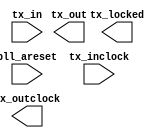
// megafunction wizard: %ALTLVDS_TX%VBB%
// GENERATION: STANDARD
// VERSION: WM1.0
// MODULE: ALTLVDS_TX 

// ============================================================
// Megafunction Name(s):
// 			ALTLVDS_TX
//
// Simulation Library Files(s):
// 			altera_mf
// ============================================================
// ************************************************************
// THIS IS A WIZARD-GENERATED FILE. DO NOT EDIT THIS FILE!
//
// 16.1.2 Build 203 01/18/2017 SJ Standard Edition
// ************************************************************

//Copyright (C) 2017  Intel Corporation. All rights reserved.
//Your use of Intel Corporation's design tools, logic functions 
//and other software and tools, and its AMPP partner logic 
//functions, and any output files from any of the foregoing 
//(including device programming or simulation files), and any 
//associated documentation or information are expressly subject 
//to the terms and conditions of the Intel Program License 
//Subscription Agreement, the Intel Quartus Prime License Agreement,
//the Intel MegaCore Function License Agreement, or other 
//applicable license agreement, including, without limitation, 
//that your use is for the sole purpose of programming logic 
//devices manufactured by Intel and sold by Intel or its 
//authorized distributors.  Please refer to the applicable 
//agreement for further details.

module C5_LVDS_TX (
	pll_areset,
	tx_in,
	tx_inclock,
	tx_locked,
	tx_out,
	tx_outclock);

	input	  pll_areset;
	input	[31:0]  tx_in;
	input	  tx_inclock;
	output	  tx_locked;
	output	[3:0]  tx_out;
	output	  tx_outclock;

endmodule

// ============================================================
// CNX file retrieval info
// ============================================================
// Retrieval info: LIBRARY: altera_mf altera_mf.altera_mf_components.all
// Retrieval info: PRIVATE: CNX_CLOCK_CHOICES STRING "tx_coreclock"
// Retrieval info: PRIVATE: CNX_CLOCK_MODE NUMERIC "0"
// Retrieval info: PRIVATE: CNX_COMMON_PLL NUMERIC "0"
// Retrieval info: PRIVATE: CNX_DATA_RATE STRING "800.0"
// Retrieval info: PRIVATE: CNX_DESER_FACTOR NUMERIC "8"
// Retrieval info: PRIVATE: CNX_EXT_PLL STRING "OFF"
// Retrieval info: PRIVATE: CNX_LE_SERDES STRING "OFF"
// Retrieval info: PRIVATE: CNX_NUM_CHANNEL NUMERIC "4"
// Retrieval info: PRIVATE: CNX_OUTCLOCK_DIVIDE_BY NUMERIC "4"
// Retrieval info: PRIVATE: CNX_PLL_ARESET NUMERIC "1"
// Retrieval info: PRIVATE: CNX_PLL_FREQ STRING "25.000000"
// Retrieval info: PRIVATE: CNX_PLL_PERIOD STRING "40.000"
// Retrieval info: PRIVATE: CNX_REG_INOUT NUMERIC "1"
// Retrieval info: PRIVATE: CNX_TX_CORECLOCK STRING "OFF"
// Retrieval info: PRIVATE: CNX_TX_LOCKED STRING "ON"
// Retrieval info: PRIVATE: CNX_TX_OUTCLOCK STRING "ON"
// Retrieval info: PRIVATE: CNX_USE_CLOCK_RESC STRING "Dual-Regional clock"
// Retrieval info: PRIVATE: CNX_USE_PLL_ENABLE NUMERIC "0"
// Retrieval info: PRIVATE: CNX_USE_TX_OUT_PHASE NUMERIC "1"
// Retrieval info: PRIVATE: INTENDED_DEVICE_FAMILY STRING "Cyclone V"
// Retrieval info: PRIVATE: pCNX_OUTCLK_ALIGN STRING "UNUSED"
// Retrieval info: PRIVATE: pINCLOCK_PHASE_SHIFT STRING "0.00"
// Retrieval info: PRIVATE: pOUTCLOCK_PHASE_SHIFT STRING "0.00"
// Retrieval info: CONSTANT: CENTER_ALIGN_MSB STRING "UNUSED"
// Retrieval info: CONSTANT: COMMON_RX_TX_PLL STRING "OFF"
// Retrieval info: CONSTANT: CORECLOCK_DIVIDE_BY NUMERIC "1"
// Retrieval info: CONSTANT: clk_src_is_pll STRING "off"
// Retrieval info: CONSTANT: DATA_RATE STRING "800.0 Mbps"
// Retrieval info: CONSTANT: DESERIALIZATION_FACTOR NUMERIC "8"
// Retrieval info: CONSTANT: DIFFERENTIAL_DRIVE NUMERIC "0"
// Retrieval info: CONSTANT: ENABLE_CLOCK_PIN_MODE STRING "UNUSED"
// Retrieval info: CONSTANT: IMPLEMENT_IN_LES STRING "OFF"
// Retrieval info: CONSTANT: INCLOCK_BOOST NUMERIC "0"
// Retrieval info: CONSTANT: INCLOCK_DATA_ALIGNMENT STRING "EDGE_ALIGNED"
// Retrieval info: CONSTANT: INCLOCK_PERIOD NUMERIC "40000"
// Retrieval info: CONSTANT: INCLOCK_PHASE_SHIFT NUMERIC "0"
// Retrieval info: CONSTANT: INTENDED_DEVICE_FAMILY STRING "Cyclone V"
// Retrieval info: CONSTANT: LPM_HINT STRING "UNUSED"
// Retrieval info: CONSTANT: LPM_TYPE STRING "altlvds_tx"
// Retrieval info: CONSTANT: MULTI_CLOCK STRING "OFF"
// Retrieval info: CONSTANT: NUMBER_OF_CHANNELS NUMERIC "4"
// Retrieval info: CONSTANT: OUTCLOCK_ALIGNMENT STRING "EDGE_ALIGNED"
// Retrieval info: CONSTANT: OUTCLOCK_DIVIDE_BY NUMERIC "4"
// Retrieval info: CONSTANT: OUTCLOCK_DUTY_CYCLE NUMERIC "50"
// Retrieval info: CONSTANT: OUTCLOCK_MULTIPLY_BY NUMERIC "1"
// Retrieval info: CONSTANT: OUTCLOCK_PHASE_SHIFT NUMERIC "0"
// Retrieval info: CONSTANT: OUTCLOCK_RESOURCE STRING "Dual-Regional clock"
// Retrieval info: CONSTANT: OUTPUT_DATA_RATE NUMERIC "800"
// Retrieval info: CONSTANT: PLL_COMPENSATION_MODE STRING "AUTO"
// Retrieval info: CONSTANT: PLL_SELF_RESET_ON_LOSS_LOCK STRING "OFF"
// Retrieval info: CONSTANT: PREEMPHASIS_SETTING NUMERIC "0"
// Retrieval info: CONSTANT: REFCLK_FREQUENCY STRING "25.000000 MHz"
// Retrieval info: CONSTANT: REGISTERED_INPUT STRING "TX_CORECLK"
// Retrieval info: CONSTANT: USE_EXTERNAL_PLL STRING "OFF"
// Retrieval info: CONSTANT: USE_NO_PHASE_SHIFT STRING "ON"
// Retrieval info: CONSTANT: VOD_SETTING NUMERIC "0"
// Retrieval info: USED_PORT: pll_areset 0 0 0 0 INPUT NODEFVAL "pll_areset"
// Retrieval info: CONNECT: @pll_areset 0 0 0 0 pll_areset 0 0 0 0
// Retrieval info: USED_PORT: tx_in 0 0 32 0 INPUT NODEFVAL "tx_in[31..0]"
// Retrieval info: CONNECT: @tx_in 0 0 32 0 tx_in 0 0 32 0
// Retrieval info: USED_PORT: tx_inclock 0 0 0 0 INPUT NODEFVAL "tx_inclock"
// Retrieval info: CONNECT: @tx_inclock 0 0 0 0 tx_inclock 0 0 0 0
// Retrieval info: USED_PORT: tx_locked 0 0 0 0 OUTPUT NODEFVAL "tx_locked"
// Retrieval info: CONNECT: tx_locked 0 0 0 0 @tx_locked 0 0 0 0
// Retrieval info: USED_PORT: tx_out 0 0 4 0 OUTPUT NODEFVAL "tx_out[3..0]"
// Retrieval info: CONNECT: tx_out 0 0 4 0 @tx_out 0 0 4 0
// Retrieval info: USED_PORT: tx_outclock 0 0 0 0 OUTPUT NODEFVAL "tx_outclock"
// Retrieval info: CONNECT: tx_outclock 0 0 0 0 @tx_outclock 0 0 0 0
// Retrieval info: GEN_FILE: TYPE_NORMAL C5_LVDS_TX.v TRUE FALSE
// Retrieval info: GEN_FILE: TYPE_NORMAL C5_LVDS_TX.qip TRUE FALSE
// Retrieval info: GEN_FILE: TYPE_NORMAL C5_LVDS_TX.bsf TRUE TRUE
// Retrieval info: GEN_FILE: TYPE_NORMAL C5_LVDS_TX_inst.v TRUE TRUE
// Retrieval info: GEN_FILE: TYPE_NORMAL C5_LVDS_TX_bb.v TRUE TRUE
// Retrieval info: GEN_FILE: TYPE_NORMAL C5_LVDS_TX.inc FALSE TRUE
// Retrieval info: GEN_FILE: TYPE_NORMAL C5_LVDS_TX.cmp FALSE TRUE
// Retrieval info: GEN_FILE: TYPE_NORMAL C5_LVDS_TX.ppf TRUE FALSE
// Retrieval info: PRIVATE: SYNTH_WRAPPER_GEN_POSTFIX NUMERIC "1"
// Retrieval info: LIB_FILE: altera_mf
// Retrieval info: CBX_MODULE_PREFIX: ON